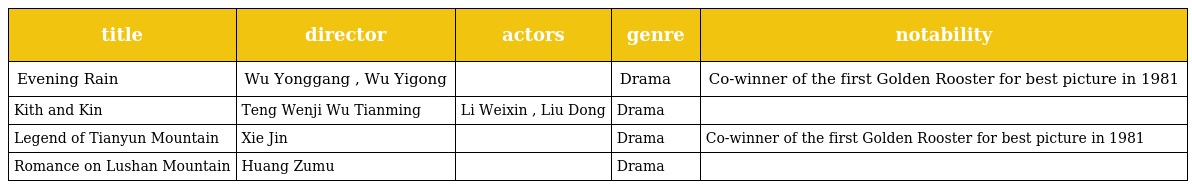
| title | director | actors | genre | notability |
 | --- | --- | --- | --- | --- |
 | Evening Rain | Wu Yonggang , Wu Yigong |  | Drama | Co-winner of the first Golden Rooster for best picture in 1981 |
 | Kith and Kin | Teng Wenji Wu Tianming | Li Weixin , Liu Dong | Drama |  |
 | Legend of Tianyun Mountain | Xie Jin |  | Drama | Co-winner of the first Golden Rooster for best picture in 1981 |
 | Romance on Lushan Mountain | Huang Zumu |  | Drama |  |